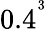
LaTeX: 0.4^{^{3}}